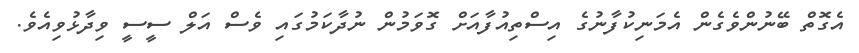
އެގޮތް ބޭނުންވެގެން އެމަނިކުފާނުގެ އިސްތިއުފާއަށް ގޮވަމުން ނުދާކަމުގައި ވެސް އަލް ސީސީ ވިދާޅުވިއެވެ.